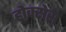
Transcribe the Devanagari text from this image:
होक्सेस